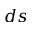
d s